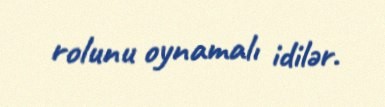
rolunu oynamalı idilər.